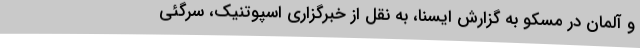
و آلمان در مسکو به گزارش ایسنا، به نقل از خبرگزاری اسپوتنیک، سرگئی